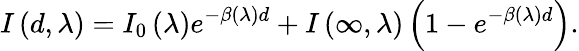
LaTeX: I\left(d,\lambda\right)=I_{0}\left(\lambda\right)e^{-\beta\left(\lambda\right)d}+I\left(\infty,\lambda\right)\left(1-e^{-\beta\left(\lambda\right)d}\right).